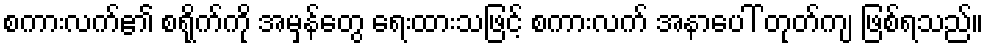
စကားလက်၏ စရိုက်ကို အမှန်တွေ ရေးထားသဖြင့် စကားလက် အနာပေါ် တုတ်ကျ ဖြစ်ရသည်။